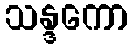
သန္ဒကော